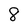
Character: 8